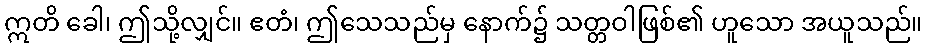
ဣတိ ခေါ၊ ဤသို့လျှင်။ ဧတံ၊ ဤသေသည်မှ နောက်၌ သတ္တဝါဖြစ်၏ ဟူသော အယူသည်။